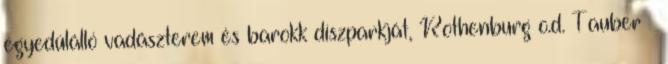
egyedülálló vadászterem és barokk díszparkját¸ Rothenburg o.d. Tauber –